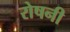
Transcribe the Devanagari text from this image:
रोषनी